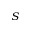
_ S